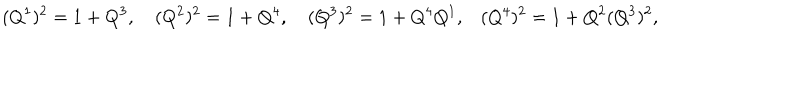
LaTeX: ( Q ^ { 1 } ) ^ { 2 } = 1 + Q ^ { 3 } , \quad ( Q ^ { 2 } ) ^ { 2 } = 1 + Q ^ { 4 } , \quad ( Q ^ { 3 } ) ^ { 2 } = 1 + Q ^ { 4 } Q ^ { 1 } , \, \, \, \, \, ( Q ^ { 4 } ) ^ { 2 } = 1 + Q ^ { 2 } ( Q ^ { 3 } ) ^ { 2 } ,